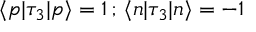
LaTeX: \langle p | \tau _ { 3 } | p \rangle = 1 \, ; \, \langle n | \tau _ { 3 } | n \rangle = - 1